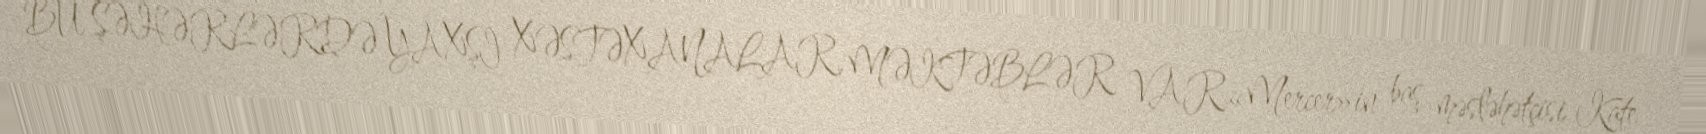
BU ŞƏHƏRLƏRDƏ YAXŞI XƏSTƏXANALAR, MƏKTƏBLƏR VAR«Mercer»in baş məsləhətçisi Kate